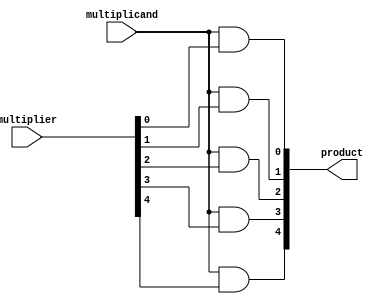
`timescale 1ns / 1ps
//////////////////////////////////////////////////////////////////////////////////
// Company: 
// Engineer: 
// 
// Design Name: 
// Module Name: single_bit_multiply
// Project Name: 
// Target Devices: 
// Tool Versions: 
// Description: 
// 
// Dependencies: 
// 
// Revision:
// Revision 0.01 - File Created
// Additional Comments:
// 
//////////////////////////////////////////////////////////////////////////////////


module single_bit_multiply(
    multiplier, multiplicand, product
    );
    parameter SIZE = 5;
    input [SIZE - 1:0] multiplier;
    input multiplicand;
    output [SIZE - 1:0] product;
    
    genvar i;
    // gernerate an and with all the bits
    generate 
        for (i =0; i< SIZE; i = i+1 ) begin
            assign product[i] = multiplicand & multiplier[i];
         end
    endgenerate
    
endmodule